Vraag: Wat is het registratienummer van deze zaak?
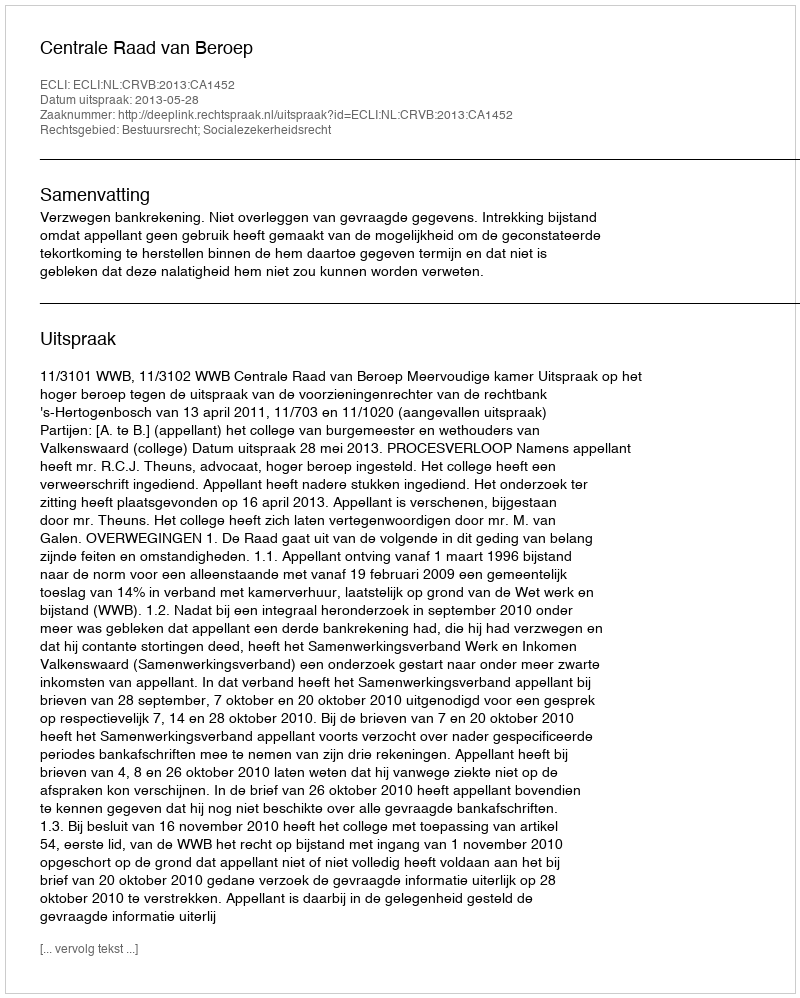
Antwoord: http://deeplink.rechtspraak.nl/uitspraak?id=ECLI:NL:CRVB:2013:CA1452